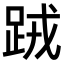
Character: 𨀻